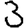
Digit: 3